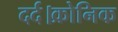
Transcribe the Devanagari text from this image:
दर्द।क्रोनिक